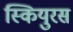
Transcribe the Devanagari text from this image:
स्कियुरस